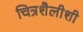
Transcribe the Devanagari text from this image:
चित्रशैलीशी